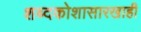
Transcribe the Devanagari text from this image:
शब्दकोशासारखाही